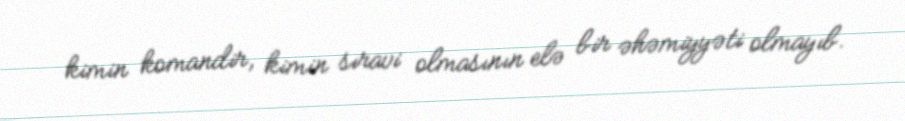
kimin komandir, kimin sıravi olmasının elə bir əhəmiyyəti olmayıb.